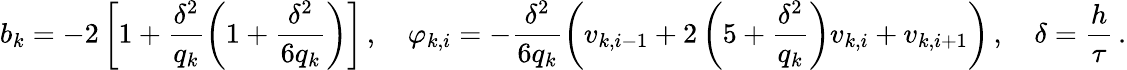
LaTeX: {b}_{k}=-2\left[1+\frac{{\delta}^{2}}{{q}_{k}}\left(1+\frac{{\delta}^{2}}{{6}{q}_{k}}\right)\right]\, ,\quad{\varphi}_{k,i}=-\frac{{\delta}^{2}}{{6}{q}_{k}}\left({v}_{k,i-1}+{2}\left(5+\frac{{\delta}^{2}}{{q}_{k}}\right){v}_{k,i}+{v}_{k,i+1}\right)\, ,\quad\delta=\frac{h}{\tau}\, .